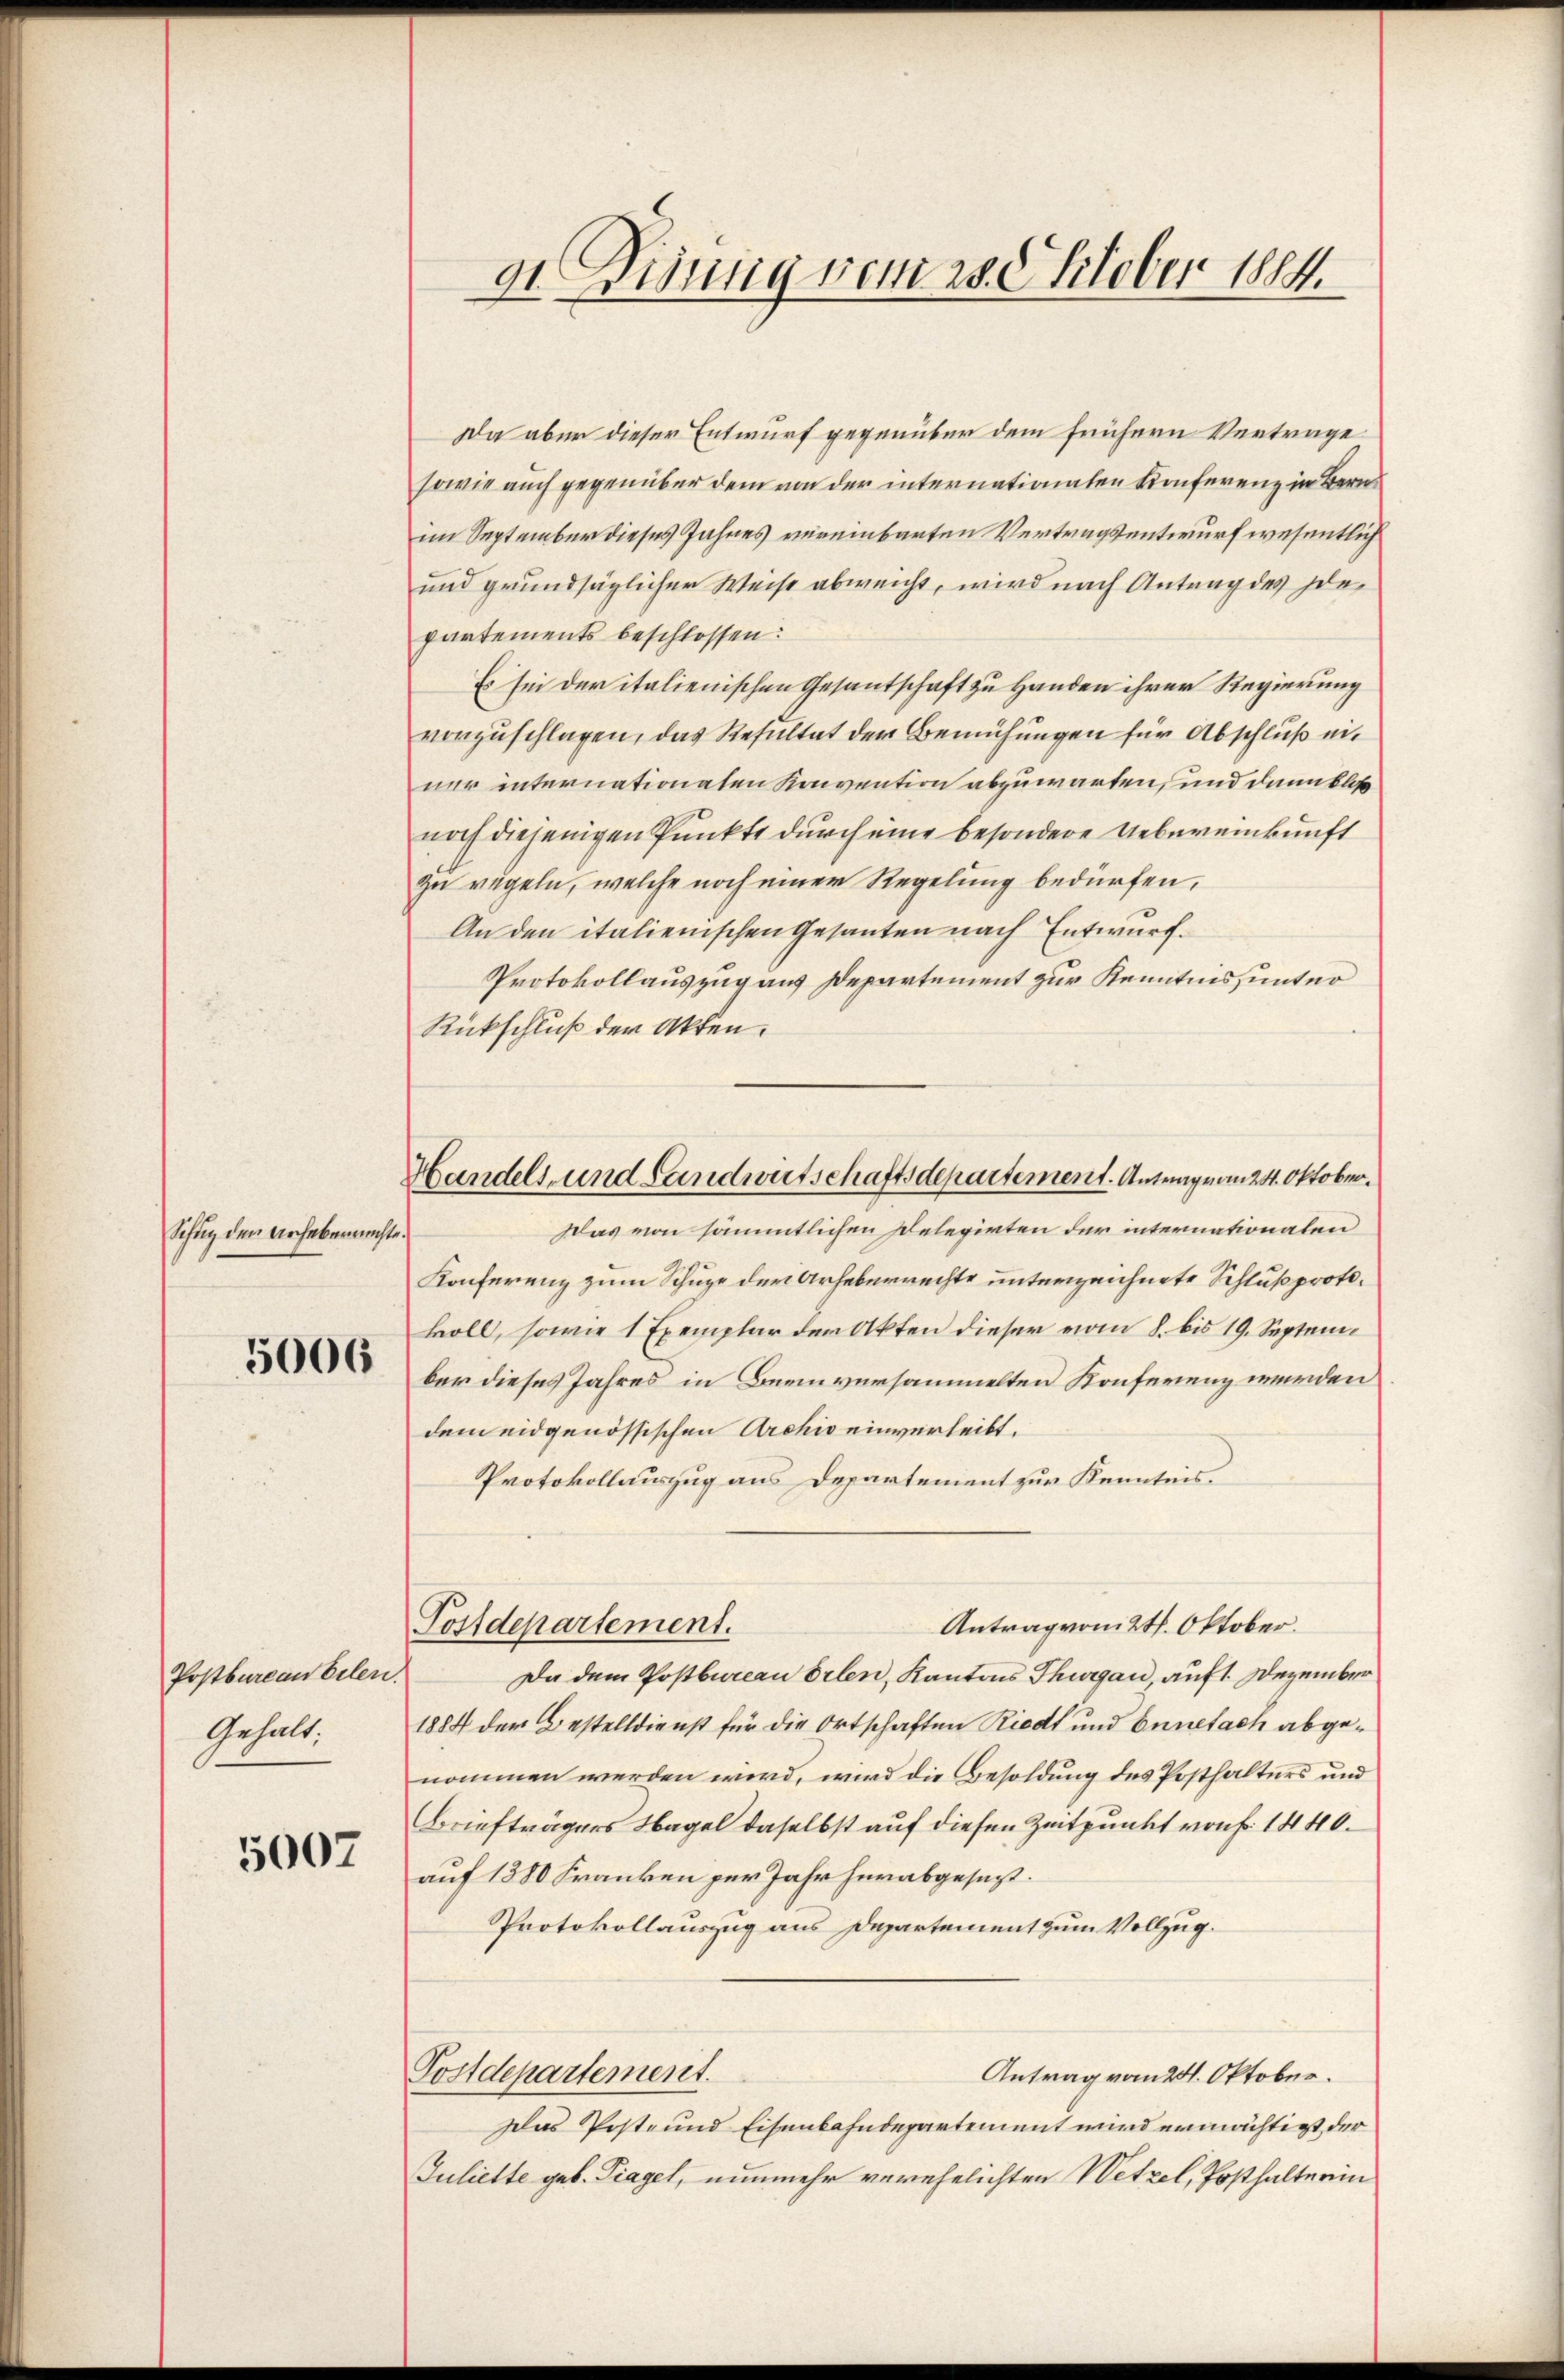
Schur den Urheberrichte.

5006

Postbureau belen.
Gehalt.

5007

91. Disung vom 25. Oktober 1884.

Handels und Landwirtschaftsdepartement. Antrag von 24. Oktober.

Da aber dieser Entwurf gegenüber dem frühern Vertrage
sowie auch gegenüber dem von der internationalen Konferenz in Bernim September dieses Jahres vereinbarten Vertragsentwurf wesentlich
und grundsäglicher Weise abweicht, wird nach Antrag des Ide
partements beschlossen:
Es sei der italienischen Gesantschaft zu Handen ihrer Regierung
vorzuschlagen, das Resultat der Bemühungen für Abschluß einur internationaten Konvention abzuwarten, und dann bloß
noch diejenigen Punkte durch eine besondere Uebereinkunft
zu regeln, welche noch einer Regelung bedürfen,
An den italienischen Gesanten nach Entwurf.
Protokollauszug aus Departement zur Kenntnis unter
Rückschluß der Akten.
Das von sämmtlichen Delegirten der internationaten
Konferenz zum Schuze der Urheberrechte unterzeichnete Schluß protokoll, sowie 1 Exemplar der Akten dieser vom 8. bis 19. September dieses Jahres in Beeinversammelten Konferenz werden
dem eidgenössischen Archiv einverleibt.
Protokollauszug aus Departement zur Kenntnis.
Antrag vom 24. Oktober.
Postdepartement.
Da dem Postbureau erlen, Kantons Thurgau, auf 1. Dezember
1884 der Bestelldienst für die Ortschaften Riedt und Ennefach abgenommen werden wird, wird die Besoldung des Posthalters und
Briefträgers Nagel daselbst auf diesen Zeitpunkt von f. 1440.
auf 1380 Franken per Jahr herabgesezt.
Protokollauszug aus Departement zum Vollzug.
Antrag vom 21. Oktober.
Postdepartement.
Das Post- und Eisenbahndepartement wird ermächtigt der
Juliette geb. Tagel, nunmehr verehelichten Wetzel, Posthalterin